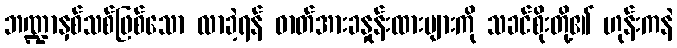
ဘဏ္ဍာနှစ်သစ်ဖြစ်သော လာခဲ့ရန် ဓာတ်အားခနှုန်းထားများကို သခင်စိုးတို့၏ ဟုန်းကနဲ